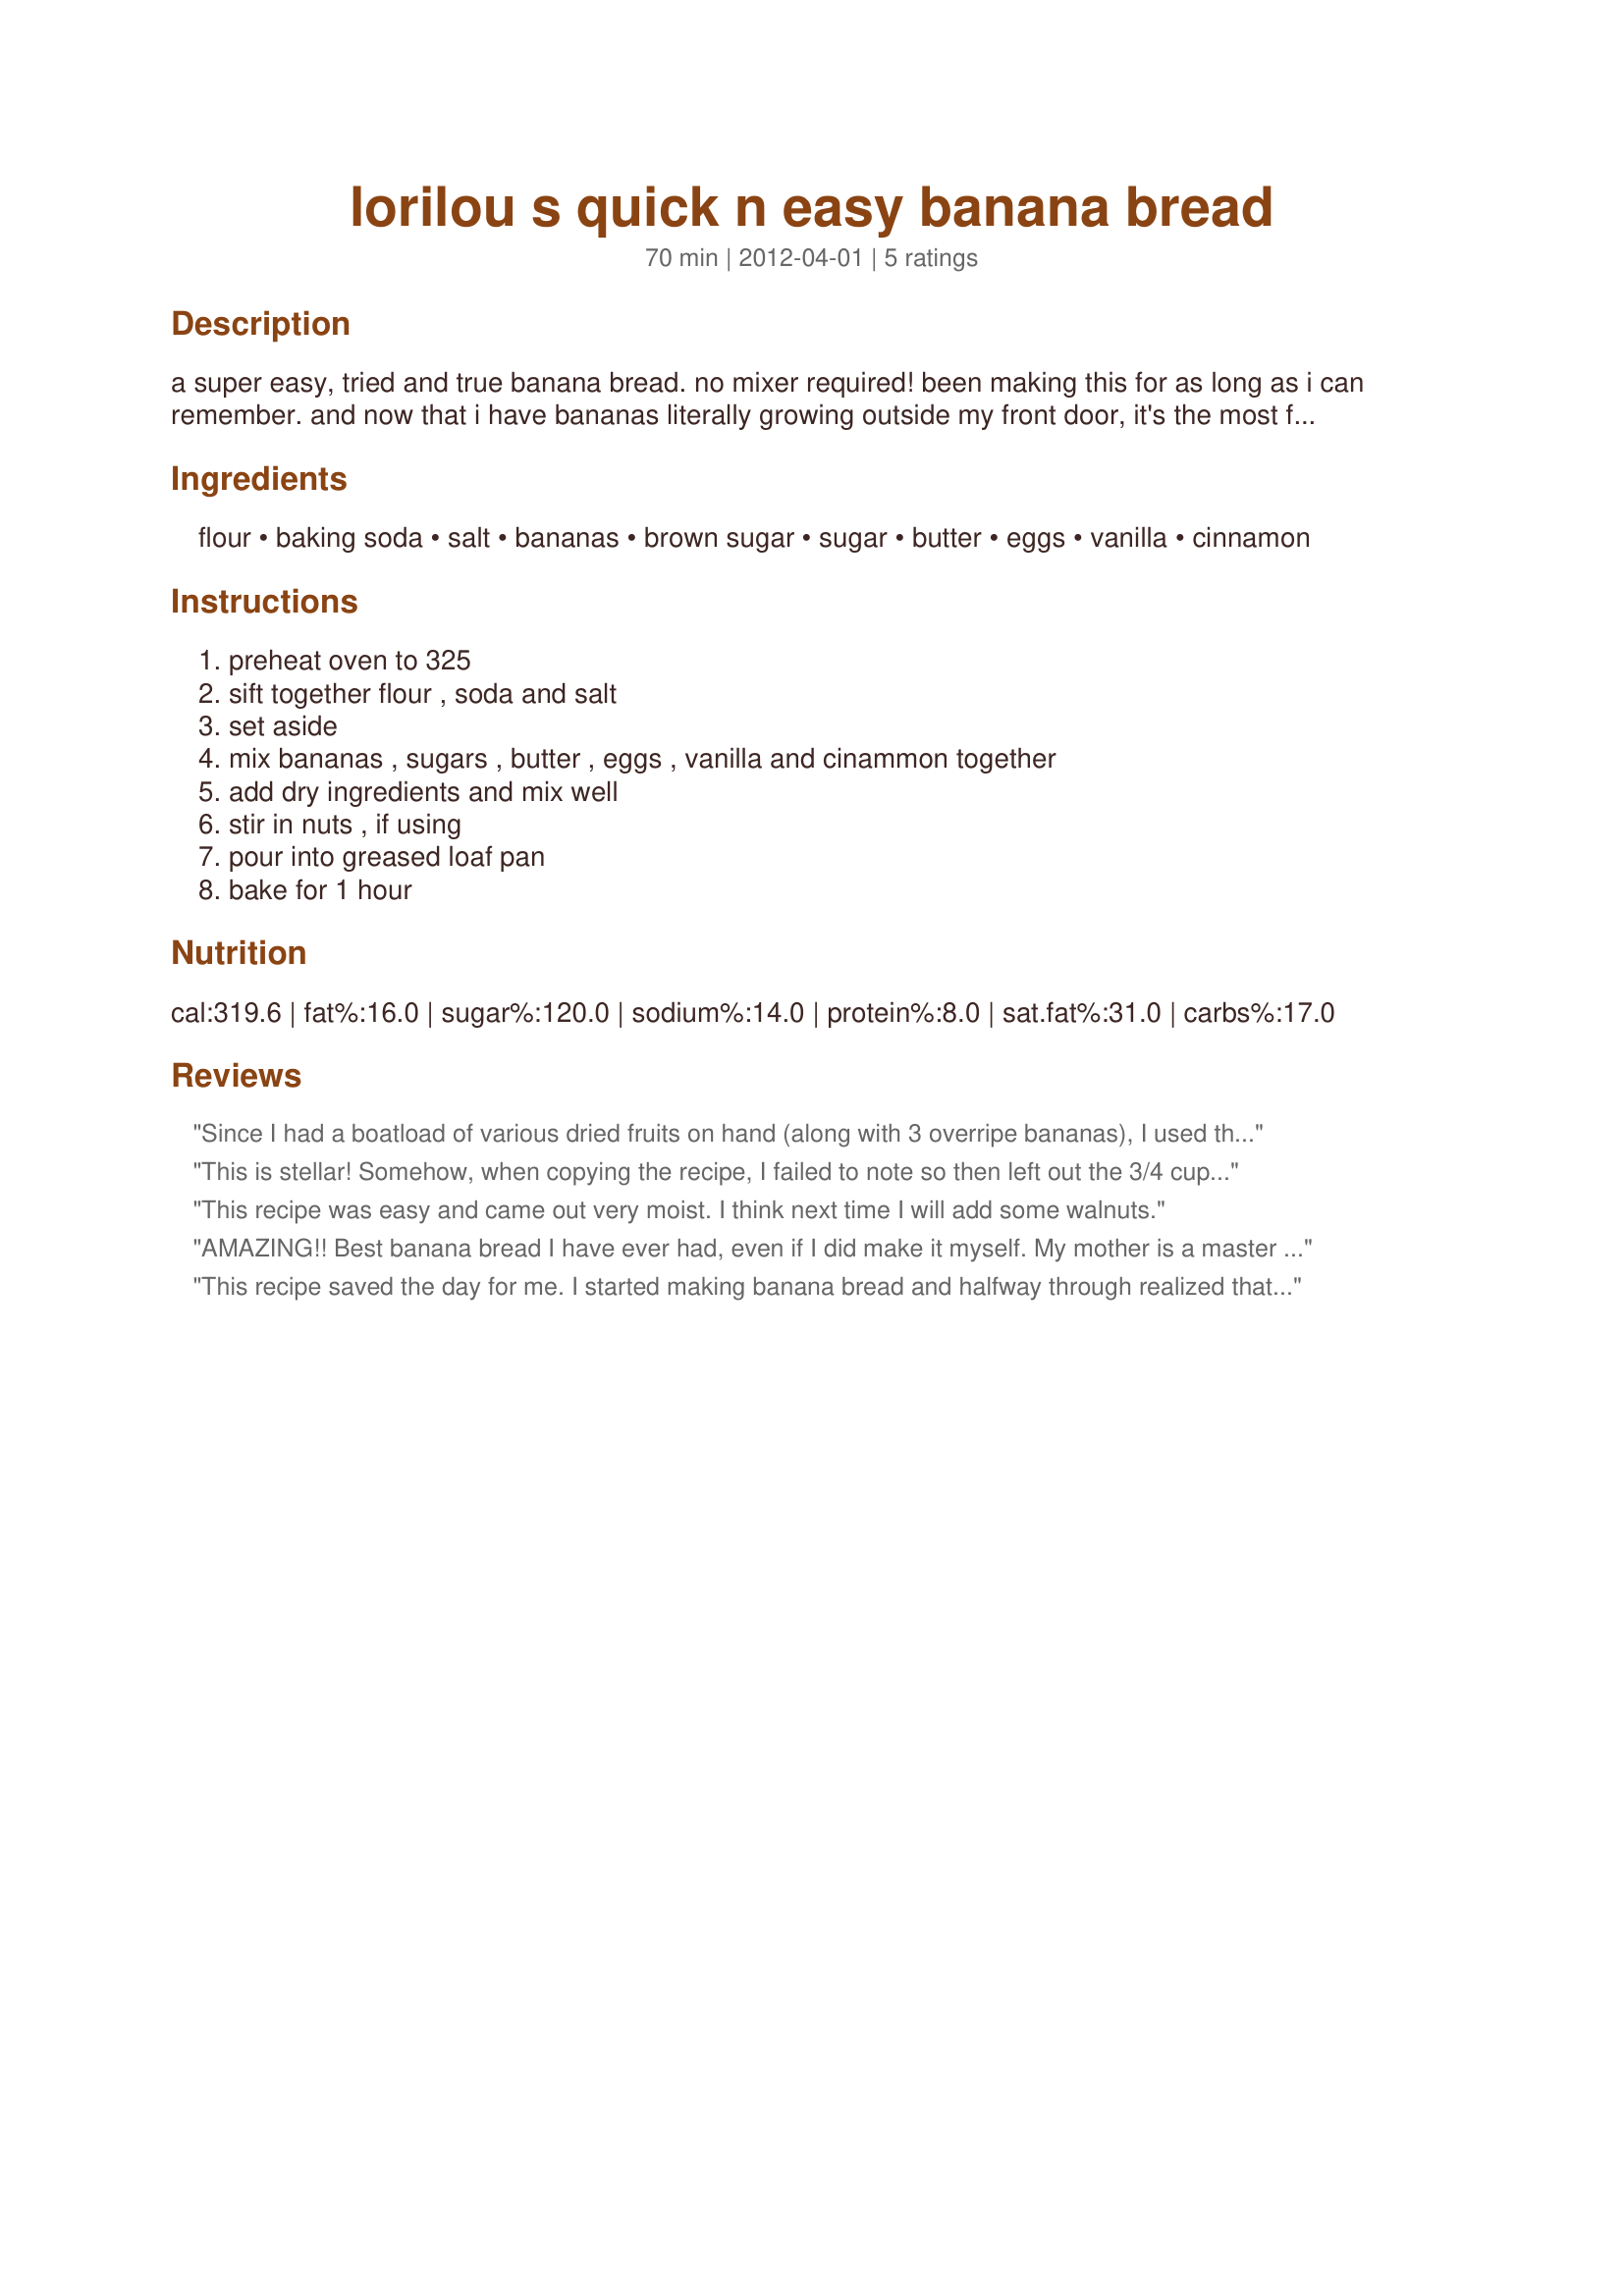
lorilou s quick n easy banana bread
Preparation time: 70 minutes

a super easy, tried and true banana bread. no mixer required! been making this for as long as i can remember. and now that i have bananas literally growing outside my front door, it's the most frequently made recipe in my house!

it's equally good as a loaf or as banana muffins. the original recipe is by anita strauss, la jolla, but i have changed it up to my taste. you can add 1/2 cup of chopped walnuts or pecans if you like nuts in your banana bread - i don't! this is a very versatile and forgiving recipe. try adding crushed pineapple, coconut, raisins, craisins, chocolate chips, etc... you won't be sorry!

Ingredients:
flour, baking soda, salt, bananas, brown sugar, sugar, butter, eggs, vanilla, cinnamon

Steps:
preheat oven to 325, sift together flour , soda and salt, set aside, mix bananas , sugars , butter , eggs , vanilla and cinammon together, add dry ingredients and mix well, stir in nuts , if using, pour into greased loaf pan, bake for 1 hour

Reviews:
Since I had a boatload of various dried fruits on hand (along with 3 overripe bananas), I used this recipe to make a lovely banana-kiwi-mango bread. I think I only used an 8" pan for this, but it's definitely enough for a 9" bread, so my bread took an extra 20 minutes to fully bake through. I really liked that this didn't require a mixer to make, so I was able to make it without waking DH while he napped on the sofa. This is yummy as-is, but it was especially good when sliced, toasted, and lightly buttered. Next time I'd like to try it with pineapple and coconut in it. Thanks for posting! Made for PAC Spring 2012
This is stellar! Somehow, when copying the recipe, I failed to note so then left out the 3/4 cup white sugar. We liked that the loaf wasn't overly sweet and particularly liked that the banana flavor is predominant so I'll make it next time the same way. The bread slices beautifully and made into mini loaves will be perfect for holiday gift baskets. I agree that nuts and other ingredients could be added, but it's great as written. Thank you for sharing the recipe! Discovered during Spring 2012 Pick A Chef. :-)
This recipe was easy and came out very moist. I think next time I will add some walnuts.
AMAZING!! Best banana bread I have ever had, even if I did make it myself. My mother is a master baker, and makes great banana bread, she said its better than hers ;) stamp of mom approval is the best!
This recipe saved the day for me. I started making banana bread and halfway through realized that I was out of eggs and quickly found this recipe. Soooo delicious
